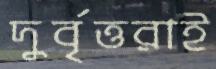
দুর্বৃত্তরাই